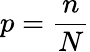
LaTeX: p=\frac{n}{N}